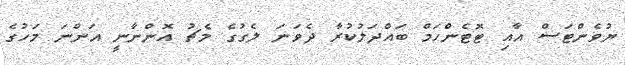
ޔުވެންޓަސް އާއި ޓޮޓެންހަމް ބައްދަލުކުރާ ދެވަނަ ލެގުގެ މެޗު އޮންނާނީ އަންނަ މަހުގެ